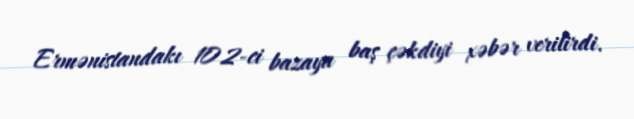
Ermənistandakı 102-ci bazaya baş çəkdiyi xəbər verilirdi.